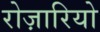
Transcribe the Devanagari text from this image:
रोज़ारियो